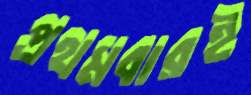
প্রথমবারই